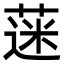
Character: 蒾